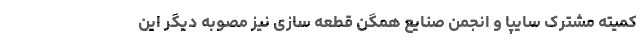
کمیته مشترک سایپا و انجمن صنایع همگن قطعه سازی نیز مصوبه دیگر این